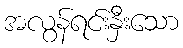
အလွန်ရင်းနှီးသော